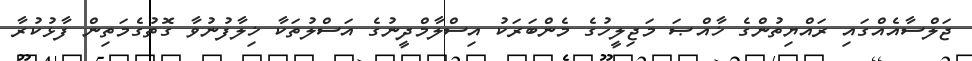
ޖަލްސާއެއްގައި ރައްޔިތުންގެ ޚާއްޞަ މަޖިލީހުގެ މެންބަރަކު އިސްލާމްދީނުގެ އަސްލުތަކާ ޚިލާފުނުވާ ގޮތުގެމަތިން ފާޅުކުރާ